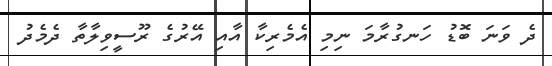
ދެ ވަނަ ބޮޑު ހަނގުރާމަ ނިމި އެމެރިކާ އާއި އޭރުގެ ރޫސީވިލާތާ ދެމެދު